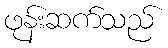
ဖုန်းဆက်သည်